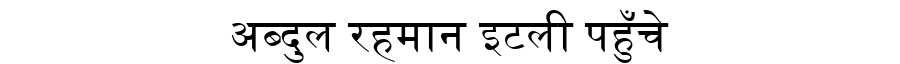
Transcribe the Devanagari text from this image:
अब्दुल रहमान इटली पहुँचे